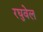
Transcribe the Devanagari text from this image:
रघुवेल